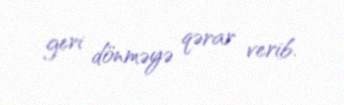
geri dönməyə qərar verib.